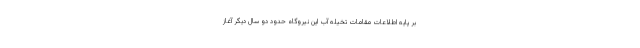
بر پایه اطلاعات مقامات تخیله آب این نیروگاه حدود دو سال دیگر آغاز